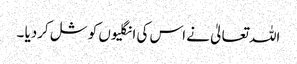
اللہ تعالیٰ نے اس کی انگلیوں کو شل کردیا ۔